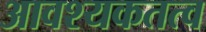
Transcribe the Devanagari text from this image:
आवश्यकतत्व